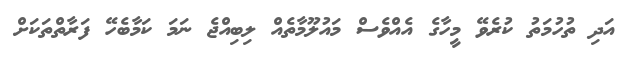
އަދި ތުހުމަތު ކުރެވޭ މީހާގެ އެއްވެސް މައުލޫމާތެއް ލިބިއްޖެ ނަމަ ކަމާބެހޭ ފަރާތްތަކަށް